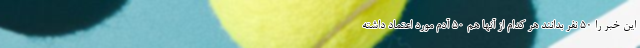
این خبر را ۵۰ نفر بدانند هر کدام از آنها هم ۵۰ آدم مورد اعتماد داشته